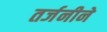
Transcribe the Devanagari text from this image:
तर्जनीने